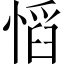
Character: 慆